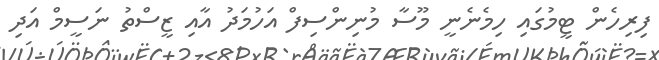
ފިރިހެން ޓީމުގައި ހިމެނެނީ މޫސާ މުނިންސިފް އަހުމަދު އާއި ޒީސްތު ނަސީމް އަދި